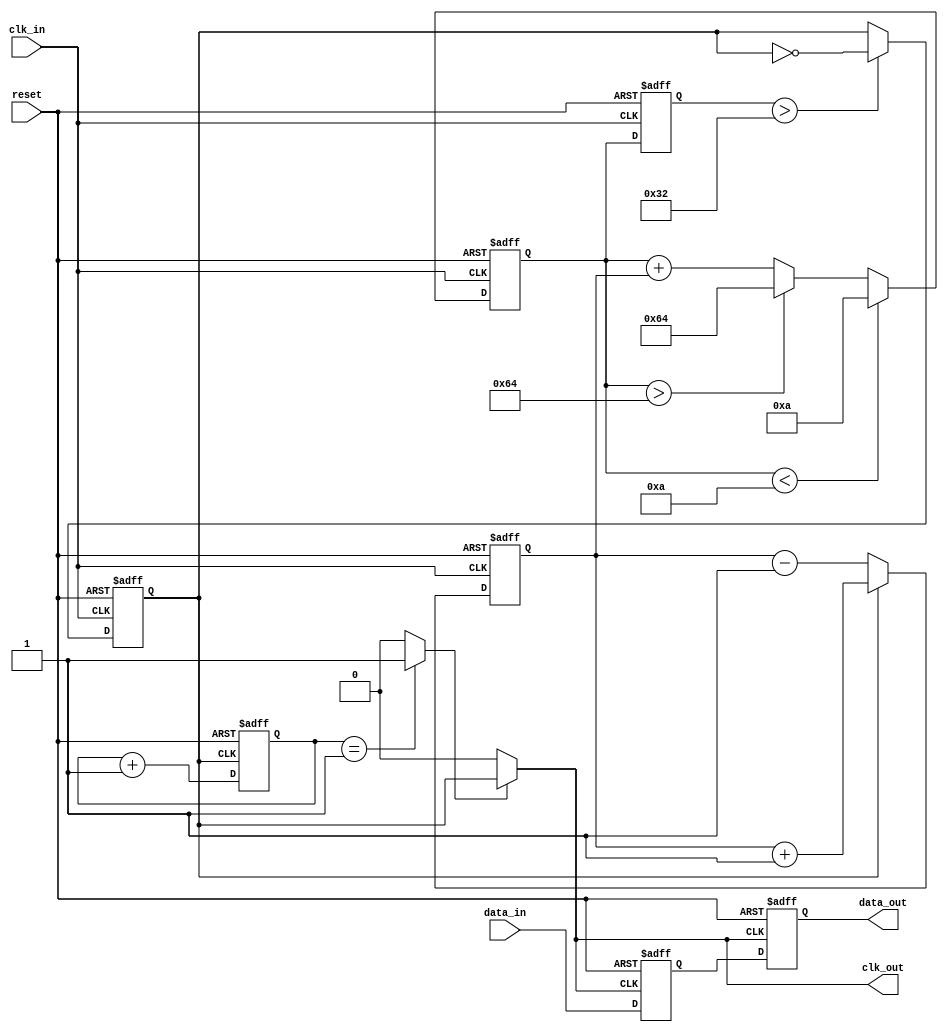
module pll_synchronizer (
    input wire clk_in,            // Incoming clock signal
    input wire data_in,           // Incoming data signal
    input wire reset,             // Reset signal
    output wire clk_out,          // Synchronized output clock
    output wire data_out          // Synchronized output data
);

    // Parameters for Loop Filter and VCO
    parameter integer VCO_MAX_FREQ = 100; // Max frequency for VCO
    parameter integer VCO_MIN_FREQ = 10;   // Min frequency for VCO
    parameter integer DIVIDER = 2;          // Clock divider factor

    // Internal signals
    reg [7:0] phase_error;                 // Phase error signal
    reg [7:0] control_voltage;              // Control voltage for VCO
    reg [7:0] vco_freq;                     // VCO frequency
    reg vco_clk;                            // VCO output clock
    reg [1:0] clk_div;                      // Clock divider counter
    reg [1:0] sync_ff1, sync_ff2;          // Synchronization flip-flops
    wire clk_divided;                       // Divided clock signal

    // Phase Detector (PD)
    always @(posedge clk_in or posedge reset) begin
        if (reset) begin
            phase_error <= 0;
        end else begin
            // Simple phase detection logic (could be more complex)
            if (vco_clk) begin
                phase_error <= phase_error + 1; // Increment error
            end else begin
                phase_error <= phase_error - 1; // Decrement error
            end
        end
    end

    // Loop Filter (LF) - Simple Integrator
    always @(posedge clk_in or posedge reset) begin
        if (reset) begin
            control_voltage <= 0;
        end else begin
            control_voltage <= control_voltage + phase_error; // Integrate error
            // Clamp control voltage to VCO limits
            if (control_voltage > VCO_MAX_FREQ) control_voltage <= VCO_MAX_FREQ;
            if (control_voltage < VCO_MIN_FREQ) control_voltage <= VCO_MIN_FREQ;
        end
    end

    // Voltage-Controlled Oscillator (VCO)
    always @(posedge clk_in or posedge reset) begin
        if (reset) begin
            vco_freq <= VCO_MIN_FREQ;
            vco_clk <= 0;
        end else begin
            // Adjust VCO frequency based on control voltage
            vco_freq <= control_voltage;
            // Simple VCO output generation (frequency control)
            if (vco_freq > 50) begin
                vco_clk <= ~vco_clk; // Toggle clock for higher frequency
            end
        end
    end

    // Clock Divider
    always @(posedge vco_clk or posedge reset) begin
        if (reset) begin
            clk_div <= 0;
        end else begin
            clk_div <= clk_div + 1;
        end
    end

    assign clk_divided = (clk_div == DIVIDER - 1) ? 1 : 0;

    // Output clock generation
    assign clk_out = clk_divided ? vco_clk : 0;

    // Data Synchronization Circuit
    always @(posedge clk_out or posedge reset) begin
        if (reset) begin
            sync_ff1 <= 0;
            sync_ff2 <= 0;
        end else begin
            sync_ff1 <= data_in; // First flip-flop
            sync_ff2 <= sync_ff1; // Second flip-flop
        end
    end

    assign data_out = sync_ff2; // Synchronized output data

endmodule